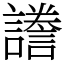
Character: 𧬸